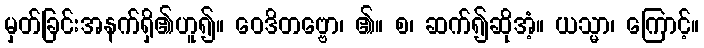
မှတ်ခြင်းအနက်ရှိ၏ဟူ၍။ ဝေဒိတဗ္ဗော၊ ၏။ စ၊ ဆက်၍ဆိုအံ့။ ယသ္မာ၊ ကြောင့်။